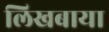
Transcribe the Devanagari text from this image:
लिखबाया